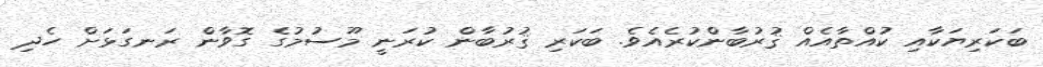
ބަކަރިޔަކާއި ކުއްތާއެއް ޤުރުބާންކުރެއެވެ. ބަކަރި ޤުރުބާން ކުރަނީ މޫސުމުގެ ގޮވާން ރަނގަޅަށް ހެދި